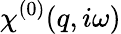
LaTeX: \chi^{(0)}(q,i\omega)